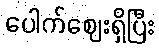
ပေါက်ဈေးရှိပြီး